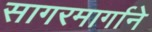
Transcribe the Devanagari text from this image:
सागरमार्गाने